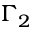
\Gamma _ { 2 }